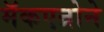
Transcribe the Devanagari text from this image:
मॅकएन्रोने